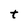
Character: t